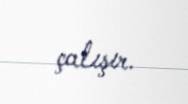
çalışır.